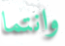
وانتما